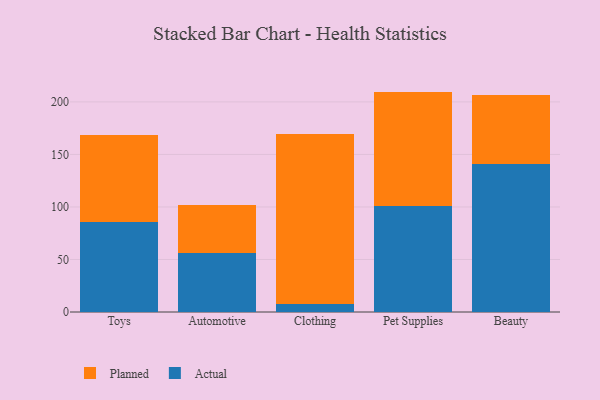
{"axis": {"x": "Category", "y": "Active Users"}, "legend": ["Actual", "Planned"], "data": [{"x": "Toys", "y": 85.8, "type": "Actual"}, {"x": "Toys", "y": 82.5, "type": "Planned"}, {"x": "Automotive", "y": 56.1, "type": "Actual"}, {"x": "Automotive", "y": 46.2, "type": "Planned"}, {"x": "Clothing", "y": 7.5, "type": "Actual"}, {"x": "Clothing", "y": 161.9, "type": "Planned"}, {"x": "Pet Supplies", "y": 101.3, "type": "Actual"}, {"x": "Pet Supplies", "y": 108.5, "type": "Planned"}, {"x": "Beauty", "y": 141.1, "type": "Actual"}, {"x": "Beauty", "y": 65.1, "type": "Planned"}]}